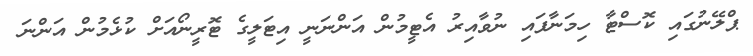
ޕްލޭނުގައި ކޮސްޓާ ހިމަނާފައި ނުވާއިރު އެޓީމުން އަންނަނީ އިޓަލީގެ ޓޮރީނޯއަށް ކުޅެމުން އަންނަ